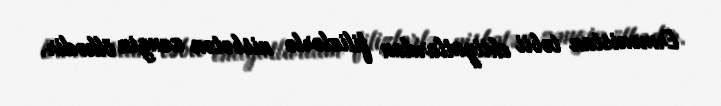
Ermənistan təbii ehtiyatlardan filizlərlə nisbətən zəngin ölkədir.